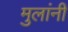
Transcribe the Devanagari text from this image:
मुलांनीं